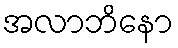
အလာဘိနော